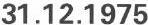
31.12.1975